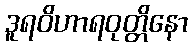
ဒူရဝိဟာရဝုတ္တိနော